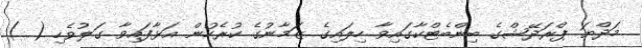
މަދްޔަ ޕްރަދޭޝްގެ ބިންބެޓްކާގައިވާ ހިލައިގެ ޒަމާނުގެ ކުރެހުން އަޅާފައިވާ ގަލުވެހި ( )